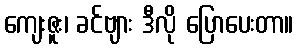
ကျေးဇူး၊ ခင်ဗျား ဒီလို ပြောပေးတာ။